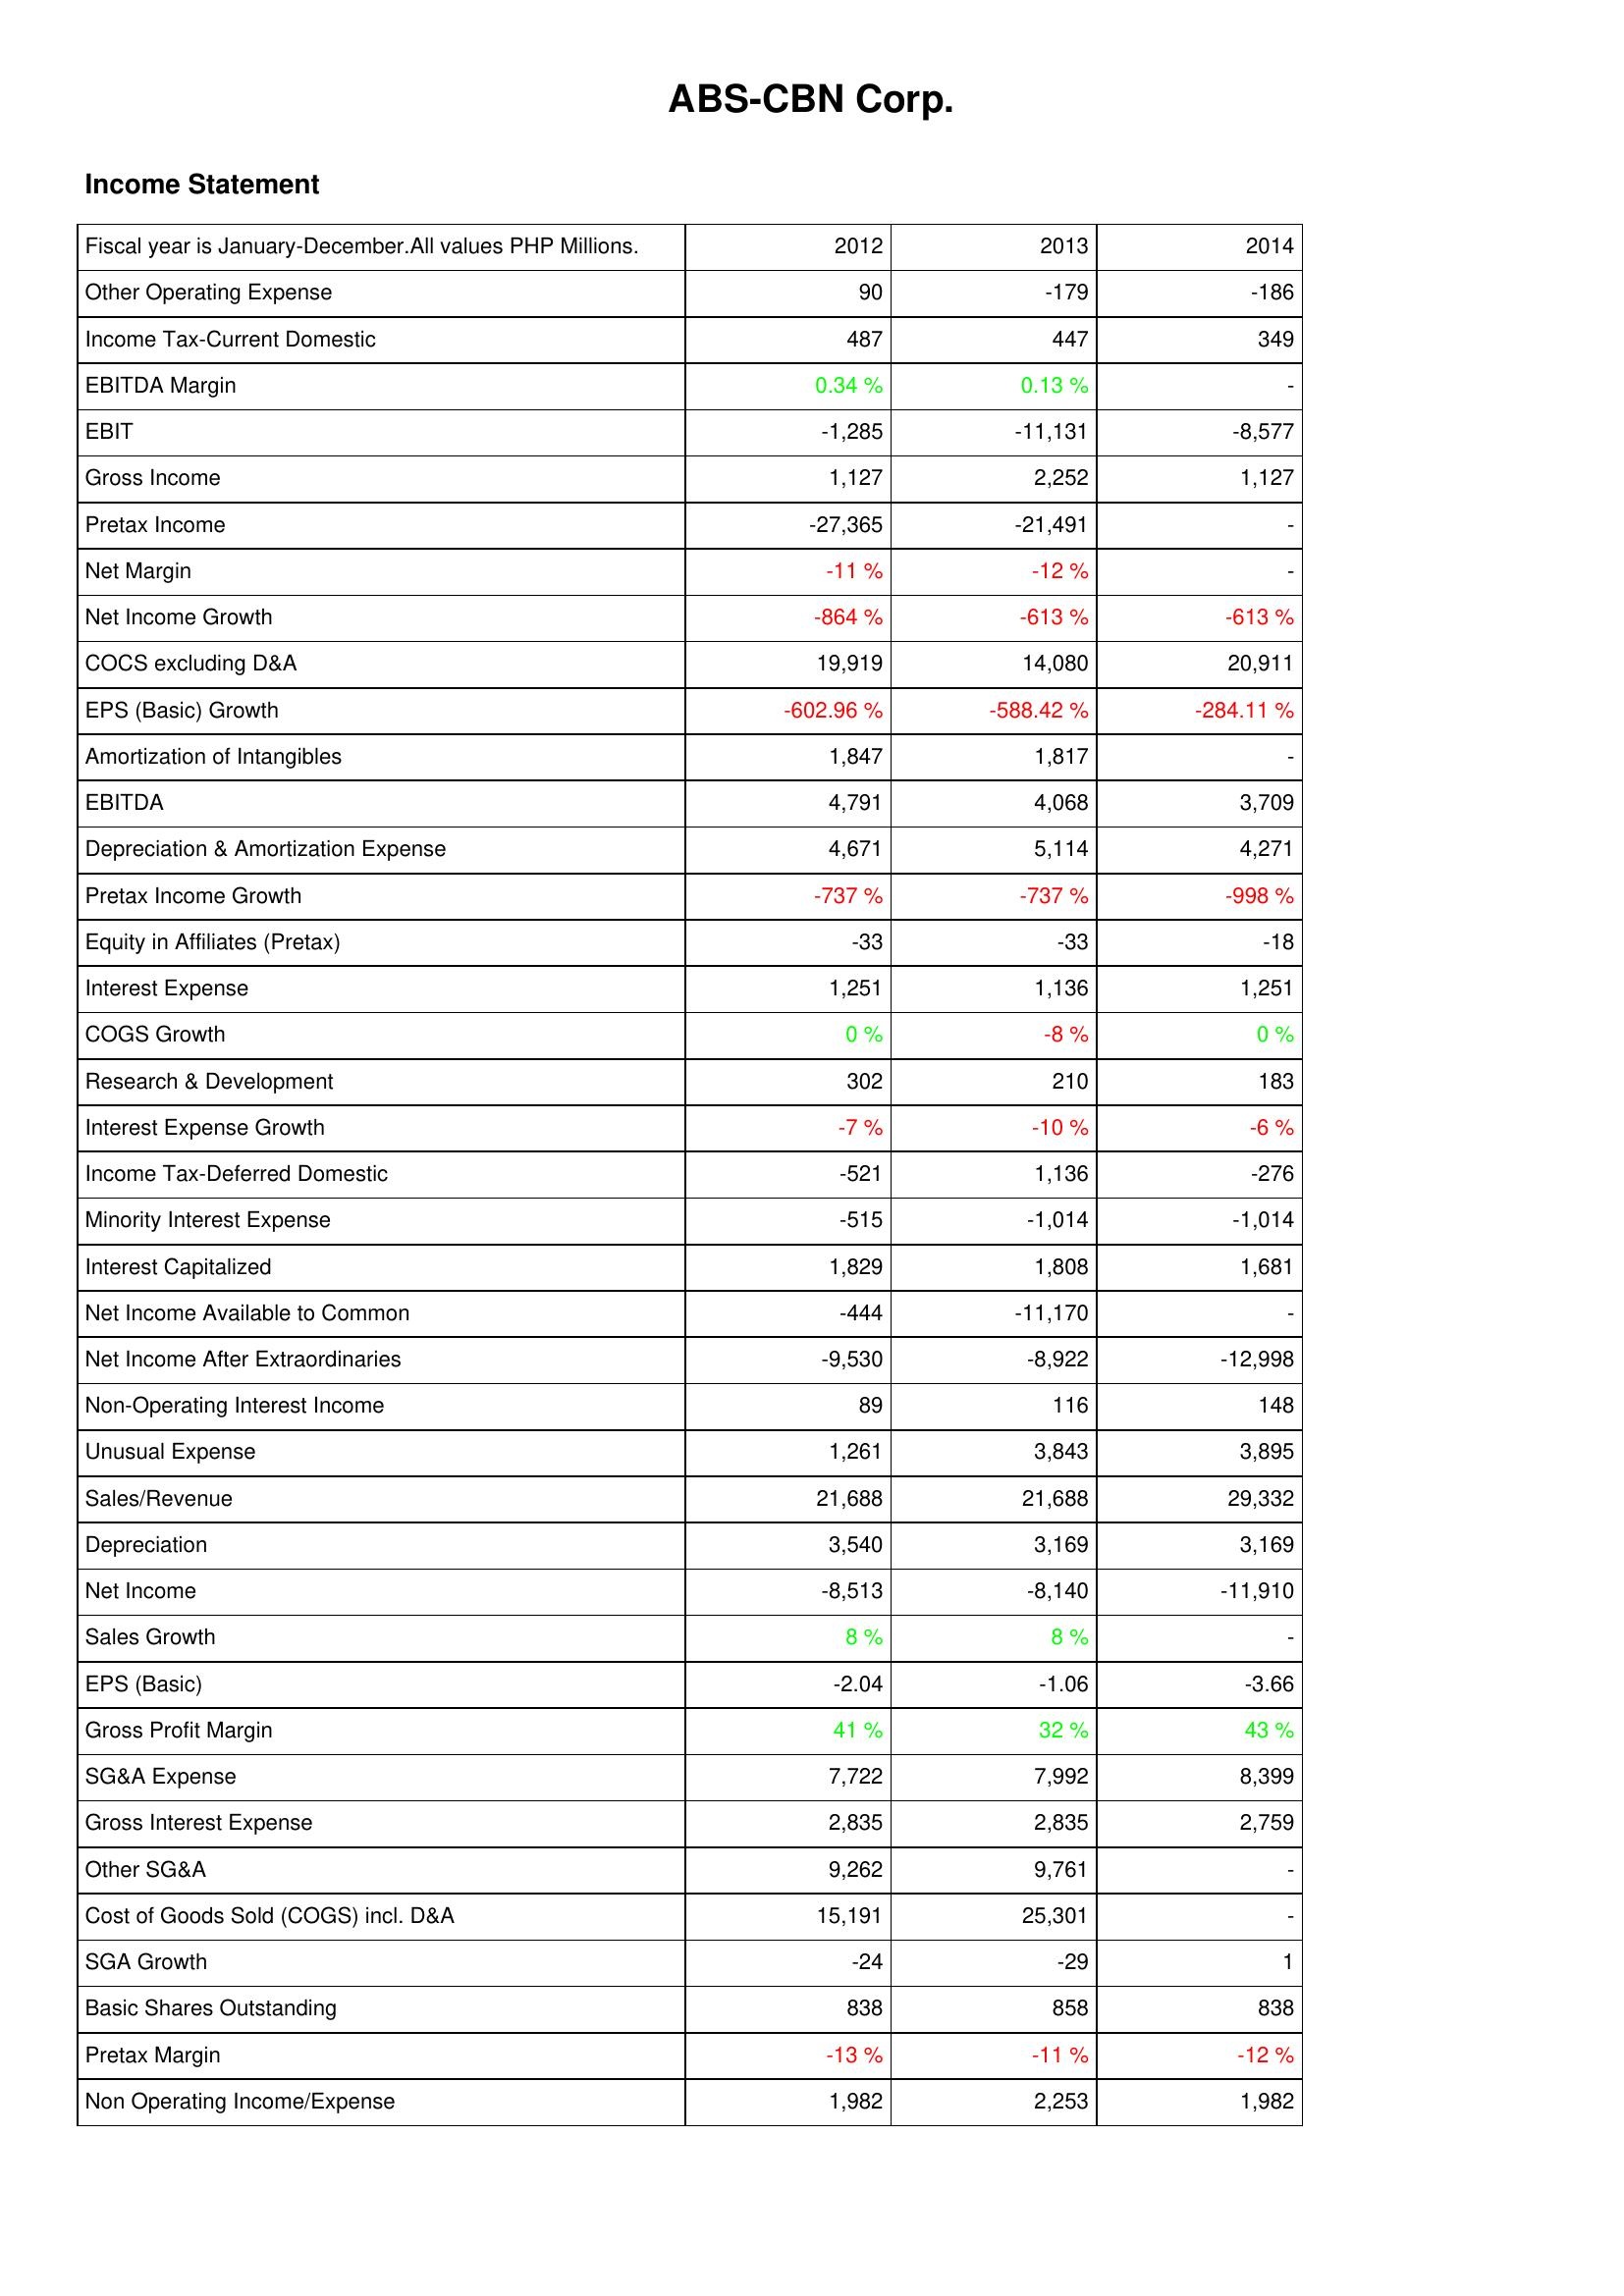
2012: Income Statement: Other Operating Expense: 90
Income Tax-Current Domestic: 487
EBITDA Margin: 0.34 %
EBIT: -1,285
Gross Income: 1,127
Pretax Income: -27,365
Net Margin: -11 %
Net Income Growth: -864 %
COCS excluding D&A: 19,919
EPS (Basic) Growth: -602.96 %
Amortization of Intangibles: 1,847
EBITDA: 4,791
Depreciation & Amortization Expense: 4,671
Pretax Income Growth: -737 %
Equity in Affiliates (Pretax): -33
Interest Expense: 1,251
COGS Growth: 0 %
Research & Development: 302
Interest Expense Growth: -7 %
Income Tax-Deferred Domestic: -521
Minority Interest Expense: -515
Interest Capitalized: 1,829
Net Income Available to Common: -444
Net Income After Extraordinaries: -9,530
Non-Operating Interest Income: 89
Unusual Expense: 1,261
Sales/Revenue: 21,688
Depreciation: 3,540
Net Income: -8,513
Sales Growth: 8 %
EPS (Basic): -2.04
Gross Profit Margin: 41 %
SG&A Expense: 7,722
Gross Interest Expense: 2,835
Other SG&A: 9,262
Cost of Goods Sold (COGS) incl. D&A: 15,191
SGA Growth: -24
Basic Shares Outstanding: 838
Pretax Margin: -13 %
Non Operating Income/Expense: 1,982
2013: Income Statement: Other Operating Expense: -179
Income Tax-Current Domestic: 447
EBITDA Margin: 0.13 %
EBIT: -11,131
Gross Income: 2,252
Pretax Income: -21,491
Net Margin: -12 %
Net Income Growth: -613 %
COCS excluding D&A: 14,080
EPS (Basic) Growth: -588.42 %
Amortization of Intangibles: 1,817
EBITDA: 4,068
Depreciation & Amortization Expense: 5,114
Pretax Income Growth: -737 %
Equity in Affiliates (Pretax): -33
Interest Expense: 1,136
COGS Growth: -8 %
Research & Development: 210
Interest Expense Growth: -10 %
Income Tax-Deferred Domestic: 1,136
Minority Interest Expense: -1,014
Interest Capitalized: 1,808
Net Income Available to Common: -11,170
Net Income After Extraordinaries: -8,922
Non-Operating Interest Income: 116
Unusual Expense: 3,843
Sales/Revenue: 21,688
Depreciation: 3,169
Net Income: -8,140
Sales Growth: 8 %
EPS (Basic): -1.06
Gross Profit Margin: 32 %
SG&A Expense: 7,992
Gross Interest Expense: 2,835
Other SG&A: 9,761
Cost of Goods Sold (COGS) incl. D&A: 25,301
SGA Growth: -29
Basic Shares Outstanding: 858
Pretax Margin: -11 %
Non Operating Income/Expense: 2,253
2014: Income Statement: Other Operating Expense: -186
Income Tax-Current Domestic: 349
EBITDA Margin: -
EBIT: -8,577
Gross Income: 1,127
Pretax Income: -
Net Margin: -
Net Income Growth: -613 %
COCS excluding D&A: 20,911
EPS (Basic) Growth: -284.11 %
Amortization of Intangibles: -
EBITDA: 3,709
Depreciation & Amortization Expense: 4,271
Pretax Income Growth: -998 %
Equity in Affiliates (Pretax): -18
Interest Expense: 1,251
COGS Growth: 0 %
Research & Development: 183
Interest Expense Growth: -6 %
Income Tax-Deferred Domestic: -276
Minority Interest Expense: -1,014
Interest Capitalized: 1,681
Net Income Available to Common: -
Net Income After Extraordinaries: -12,998
Non-Operating Interest Income: 148
Unusual Expense: 3,895
Sales/Revenue: 29,332
Depreciation: 3,169
Net Income: -11,910
Sales Growth: -
EPS (Basic): -3.66
Gross Profit Margin: 43 %
SG&A Expense: 8,399
Gross Interest Expense: 2,759
Other SG&A: -
Cost of Goods Sold (COGS) incl. D&A: -
SGA Growth: 1
Basic Shares Outstanding: 838
Pretax Margin: -12 %
Non Operating Income/Expense: 1,982